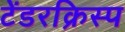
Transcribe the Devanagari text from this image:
टेंडरक्रिस्प